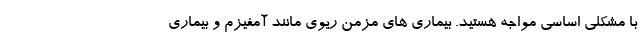
با مشکلی اساسی مواجه هستید. بیماری های مزمن ریوی مانند آمفیزم و بیماری